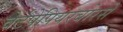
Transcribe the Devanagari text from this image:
वेर्टपेपियरबोरसे